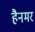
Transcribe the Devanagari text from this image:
हैनमर